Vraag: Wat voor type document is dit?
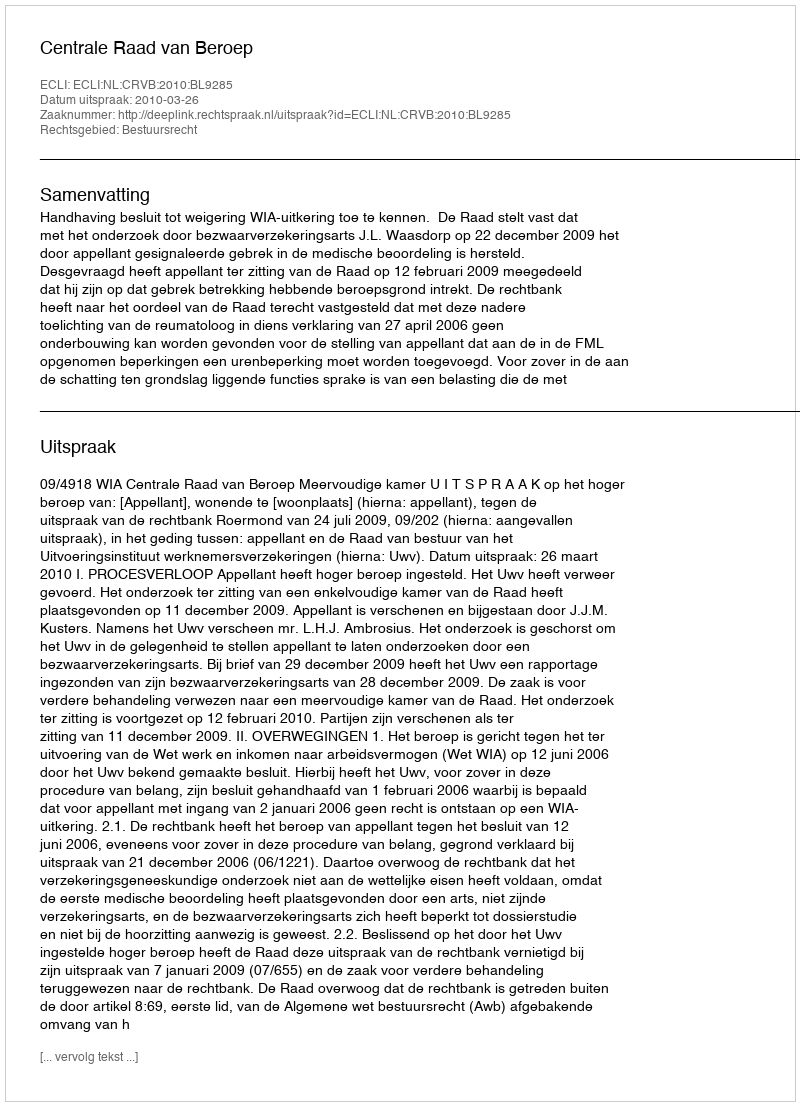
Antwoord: Uitspraak